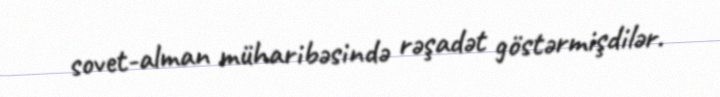
sovet-alman müharibəsində rəşadət göstərmişdilər.